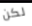
لكن